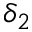
\delta _ { 2 }